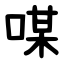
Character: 㖼